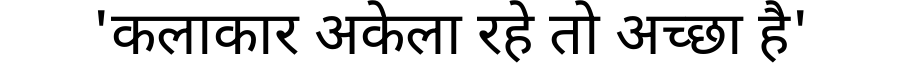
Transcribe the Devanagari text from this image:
'कलाकार अकेला रहे तो अच्छा है'